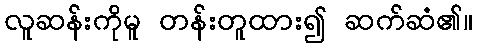
လူဆန်းကိုမူ တန်းတူထား၍ ဆက်ဆံ၏။